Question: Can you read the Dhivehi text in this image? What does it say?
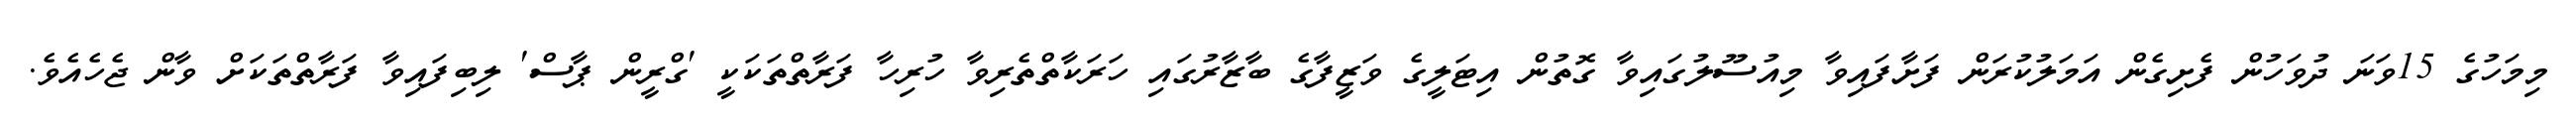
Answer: މިމަހުގެ 15ވަނަ ދުވަހުން ފެށިގެން އަމަލުކުރަން ފަށާފައިވާ މިއުސޫލުގައިވާ ގޮތުން އިޓަލީގެ ވަޒީފާގެ ބާޒާރުގައި ހަރަކާތްތެރިވާ ހުރިހާ ފަރާތްތަކަކީ 'ގްރީން ޕާސް' ލިބިފައިވާ ފަރާތްތަކަށް ވާން ޖެހެއެވެ.